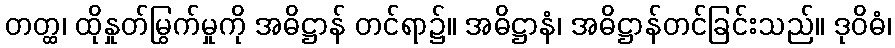
တတ္ထ၊ ထိုနှုတ်မြွက်မှုကို အဓိဋ္ဌာန် တင်ရာ၌။ အဓိဋ္ဌာနံ၊ အဓိဋ္ဌာန်တင်ခြင်းသည်။ ဒုဝိဓံ၊